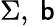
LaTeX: \Sigma,\ \mathsf{b}